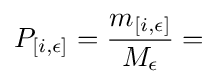
P_{[i,\epsilon ]}={\frac {m_{[i,\epsilon ]}}{M_{\epsilon }}}=